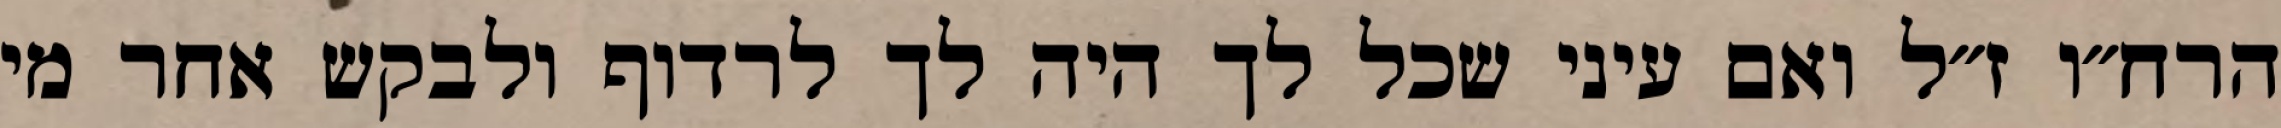
הרח״ו ז״ל ואם עיני שכל לך היה לך לרדוף ולבקש אחר מי